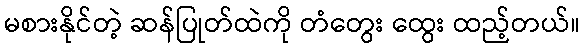
မစားနိုင်တဲ့ ဆန်ပြုတ်ထဲကို တံတွေး ထွေး ထည့်တယ်။